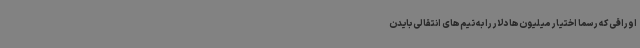
اوراقی که رسما اختیار میلیون‌ها دلار را به تیم‌های انتقالی بایدن